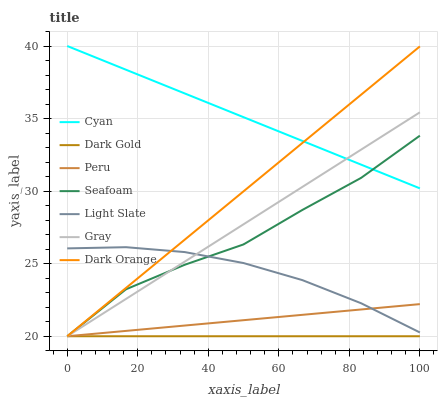
| xaxis_label | Cyan | Dark Gold | Peru | Seafoam | Light Slate | Gray | Dark Orange |
 | --- | --- | --- | --- | --- | --- | --- | --- |
 | 0 | 40 | 20 | 20 | 20 | 26.1 | 20 | 20 |
 | 16.7 | 38.4 | 20 | 20.4 | 23.2 | 26.1 | 22.6 | 23.3 |
 | 33.3 | 36.7 | 20 | 20.7 | 24.9 | 25.8 | 25.1 | 26.7 |
 | 50 | 35.1 | 20 | 21.1 | 26.3 | 25 | 27.7 | 30 |
 | 66.7 | 33.5 | 20 | 21.5 | 28.7 | 23.9 | 30.3 | 33.3 |
 | 83.3 | 31.8 | 20 | 21.8 | 30.9 | 22.3 | 32.9 | 36.6 |
 | 100 | 30.2 | 20 | 22.2 | 33.8 | 20.3 | 35.4 | 40 |